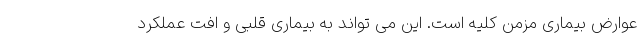
عوارض بیماری مزمن کلیه است. این می تواند به بیماری قلبی و افت عملکرد